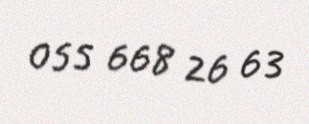
055 668 26 63